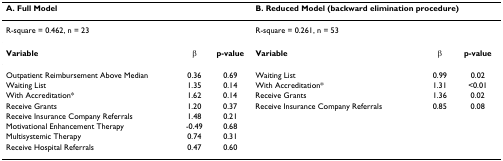
| <COLSPAN=3> A. Full Model | <COLSPAN=3> B. Reduced Model (backward elimination procedure) |
 | --- | --- | --- | --- | --- | --- |
 | <COLSPAN=3> R-square = 0.462, n = 23 | <COLSPAN=3> R-square = 0.261, n = 53 |
 | Variable | β | p-value | Variable | β | p-value |
 | Outpatient Reimbursement Above Median | 0.36 | 0.69 | Waiting List | 0.99 | 0.02 |
 | Waiting List | 1.35 | 0.14 | With Accreditation* | 1.31 | <0.01 |
 | With Accreditation* | 1.62 | 0.14 | Receive Grants | 1.36 | 0.02 |
 | Receive Grants | 1.20 | 0.37 | Receive Insurance Company Referrals | 0.85 | 0.08 |
 | Receive Insurance Company Referrals | 1.48 | 0.21 |  |  |  |
 | Motivational Enhancement Therapy | -0.49 | 0.68 |  |  |  |
 | Multisystemic Therapy | 0.74 | 0.31 |  |  |  |
 | Receive Hospital Referrals | 0.47 | 0.60 |  |  |  |